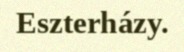
Eszterházy.